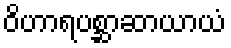
ဝိဟာရပစ္ဆာဆာယာယံ